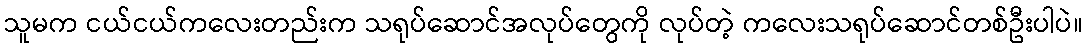
သူမက ငယ်ငယ်ကလေးတည်းက သရုပ်ဆောင်အလုပ်တွေကို လုပ်တဲ့ ကလေးသရုပ်ဆောင်တစ်ဦးပါပဲ။